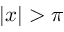
| x | > \pi